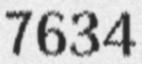
7634